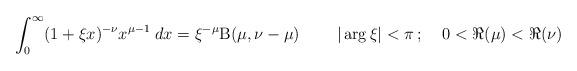
LaTeX: \begin{align*}\int_0^\infty(1+\xi x)^{-\nu} x^{\mu-1}\;dx=\xi^{-\mu} \mathrm{B}(\mu,\nu-\mu)\;\;\;\;\;\;\;\;|\arg\xi|<\pi\,;\;\;\;\;0<\Re(\mu)<\Re(\nu)\end{align*}